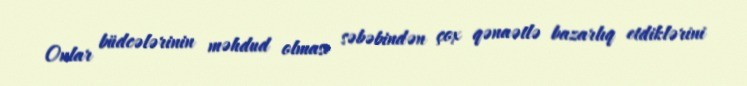
Onlar büdcələrinin məhdud olması səbəbindən çox qənaətlə bazarlıq etdiklərini